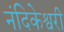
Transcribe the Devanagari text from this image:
नंदिकेश्वरी